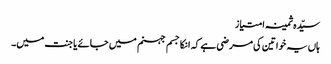
سیّدہ ثمینہ امتیاز
ہاں یہ خواتین کی مرضی ہے کہ انکا جسم جہنم میں جائے یا جنت میں۔